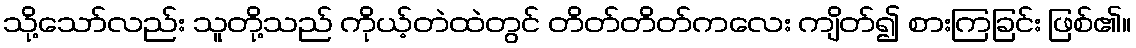
သို့သော်လည်း သူတို့သည် ကိုယ့်တဲထဲတွင် တိတ်တိတ်ကလေး ကျိတ်၍ စားကြခြင်း ဖြစ်၏။